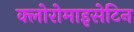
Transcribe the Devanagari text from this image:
क्लोरोमाइसेटिन